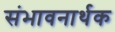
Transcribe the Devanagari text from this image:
संभावनार्थक